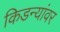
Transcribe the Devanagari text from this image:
किडन्यांवर